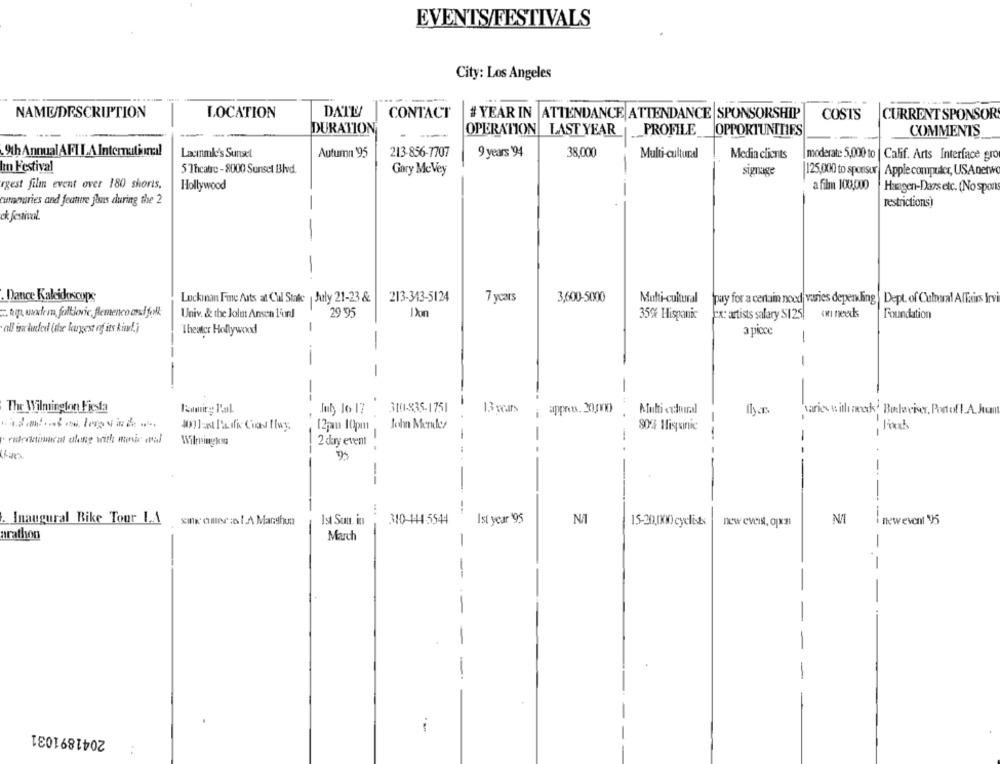
EVENTS/FESTIVALS
City: Los Angeles
--
NAME/DESCRIPTION
LOCATION
DATE
CONTACT
# YEAR IN ATTENDANCE ATTENDANCE SPONSORSHIP
COSTS
CURRENT SPONSOR
DURATION
OPERATION LAST YEAR
_PROFILE
OPPORTUNITIES
COMMENTS
9th Annual AFI I A International
Lacinmle's Sunsel
Autumn 95
213-856-7707
9 years 94
38,000
Multi-cultural
Media clients
moderate 5,000 to Calif. Arts Interface gro
Im Festival
5 Theatre -8000 Sunset Blvd.
Gary McVey
signage
125,000 to sponsur Apple computer, USAnetwo
rgest film event over 180 shorts,
Hollywood
a film 100,000
Haagen-Dazs etc. (No spon
auteuries and feutre flus during the 2
-
restrictions)
ck festival.
. Dance Kakidoscope
Luckinan Fine Arts at Cul State July 21-23 &
213-343-5124
7 years
3,600-5000
pay for a certain nood varies depending |Dept. of Cultural Affairs Irvi
Multi-cultural
. top, wwwchem foltlowvic, Blemenco cool folk;
Univ. & the Jolet Ansen l'urd
29 95
świ needs
35% Hispanic
Ex: artists salary $125
Foundation
-
all included (the laugest of its kind.)
Theater Hollywood
a picce
-
--
-
1
--
The Wilmington Fiesta
July 16 17
310-835-1751
varies withacode. Buchweiser, Portof !. A. Juan
.
12pan 10pm
John Merules
80% Hispanic
--
Wilreinglesa
2 day event
-
-
-.
--
-
--
Ist Sun. in
Ist year 95
NAT
N/T
Inaugural Bike Tour LA
310-144 -5544
15-20,00)cyclists
new eveist, qjxz
newevent 95
arathon
March
-
-
--
-
-
2041891031